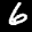
Label: 6